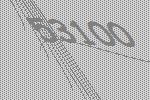
53100